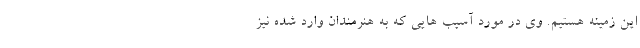
این زمینه هستیم. وی در مورد آسیب هایی که به هنرمندان وارد شده نیز